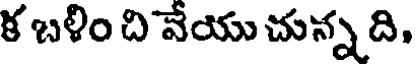
క బళిం ది వేయు చున్న ది,